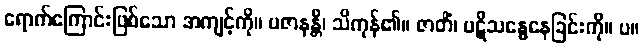
ရောက်ကြောင်းဖြစ်သော အကျင့်ကို။ ပဇာနန္တိ၊ သိကုန်၏။ ဇာတိံ၊ ပဋိသန္ဓေနေခြင်းကို။ ပ။